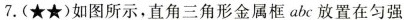
7.(★★)如图所示，直角三角形金属框abc放置在匀强